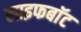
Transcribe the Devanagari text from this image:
लाइफबाॅट